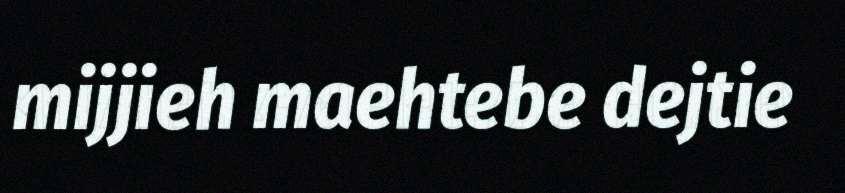
mijjieh maehtebe dejtie